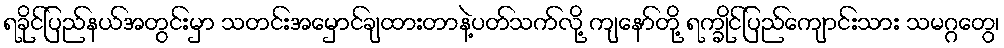
ရခိုင်ပြည်နယ်အတွင်းမှာ သတင်းအမှောင်ချထားတာနဲ့ပတ်သက်လို့ ကျနော်တို့ ရက္ခိုင်ပြည်ကျောင်းသား သမဂ္ဂတွေ၊